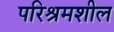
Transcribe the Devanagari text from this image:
परिश्रमशील